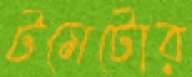
টমেটোর